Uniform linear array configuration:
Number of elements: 8
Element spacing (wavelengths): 1
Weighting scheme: hann
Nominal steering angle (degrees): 30
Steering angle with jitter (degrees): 28.662
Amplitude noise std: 0.05
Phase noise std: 0.05

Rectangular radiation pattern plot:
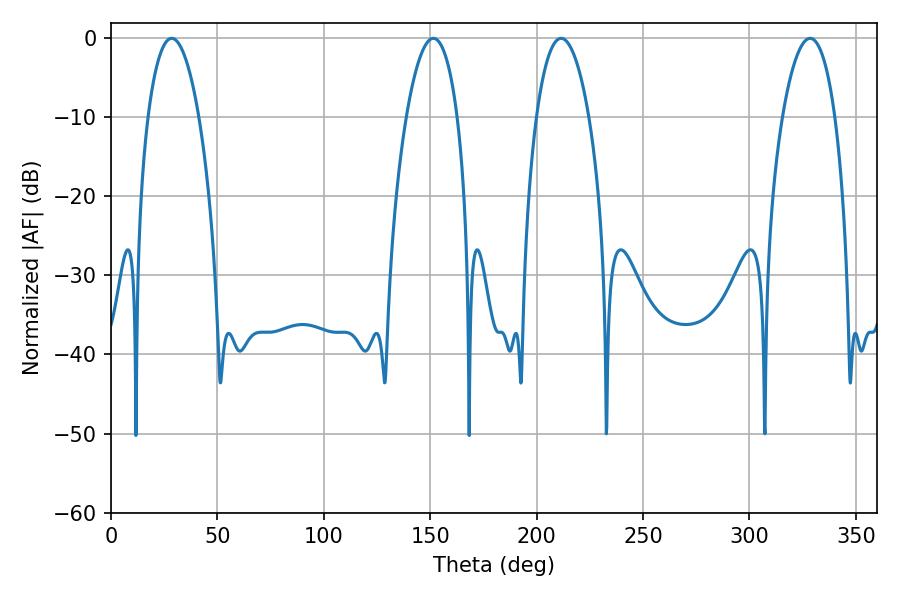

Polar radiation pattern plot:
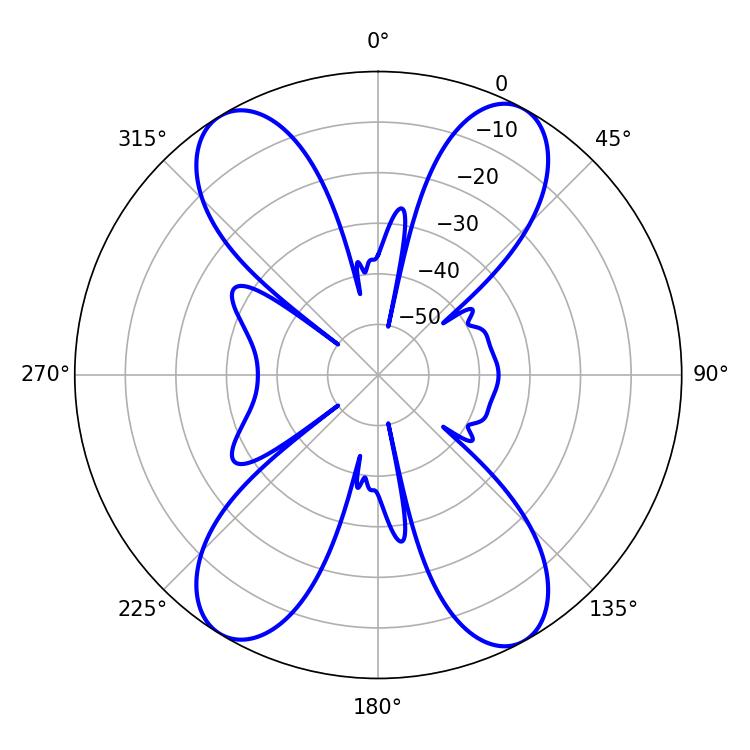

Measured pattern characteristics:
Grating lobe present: TRUE
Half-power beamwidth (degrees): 13.86
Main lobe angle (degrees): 328.5